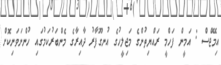
އިމޭޖްސް : އަމީން ފަހްމީ ރައްޔިތުންގެ މަޖިލީހުގެ އުނގޫފާރު ދާއިރާގެ މެންބަރުކަމުގައި ހުންނަވަނިކޮށް